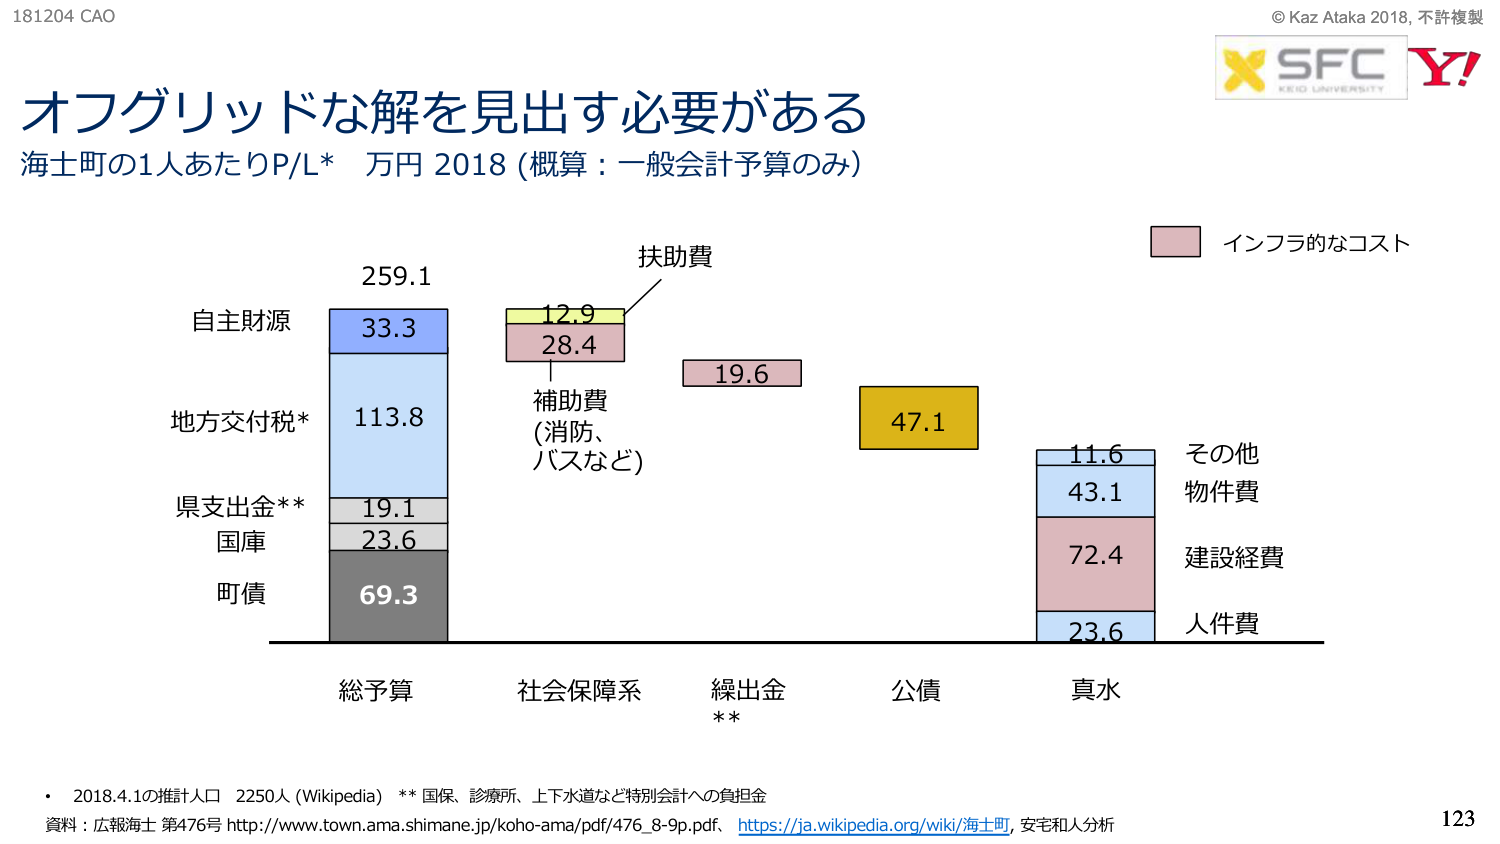
181204 CAO
© Kaz Ataka 2018, 不許複製
X SFC
KEIO UNIVERSITY
Y!

オフグリッドな解を見出す必要がある
海士町の1人あたりP/L* 万円 2018 (概算：一般会計予算のみ)

自主財源
259.1
33.3
地方交付税*
113.8
県支出金**
19.1
国庫
23.6
町債
69.3

扶助費
12.9
補助費
(消防、
バスなど)
28.4
19.6
47.1
11.6
43.1
72.4
23.6

インフラ的なコスト
その他
物件費
建設経費
人件費

総予算
社会保障系
繰出金
**
公債
真水

• 2018.4.1の推計人口 2250人 (Wikipedia) ** 国保、診療所、上下水道など特別会計への負担金
資料：広報海士 第476号 http://www.town.ama.shimane.jp/koho-ama/pdf/476_8-9p.pdf、https://ja.wikipedia.org/wiki/海士町, 安宅和人分析
123